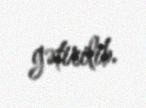
gətirilib.